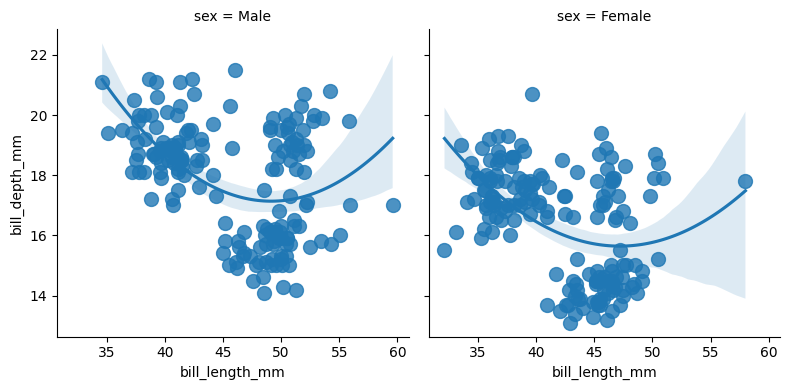
python, seaborn, lmplot, aspect=1.0, order=2, markers='o'